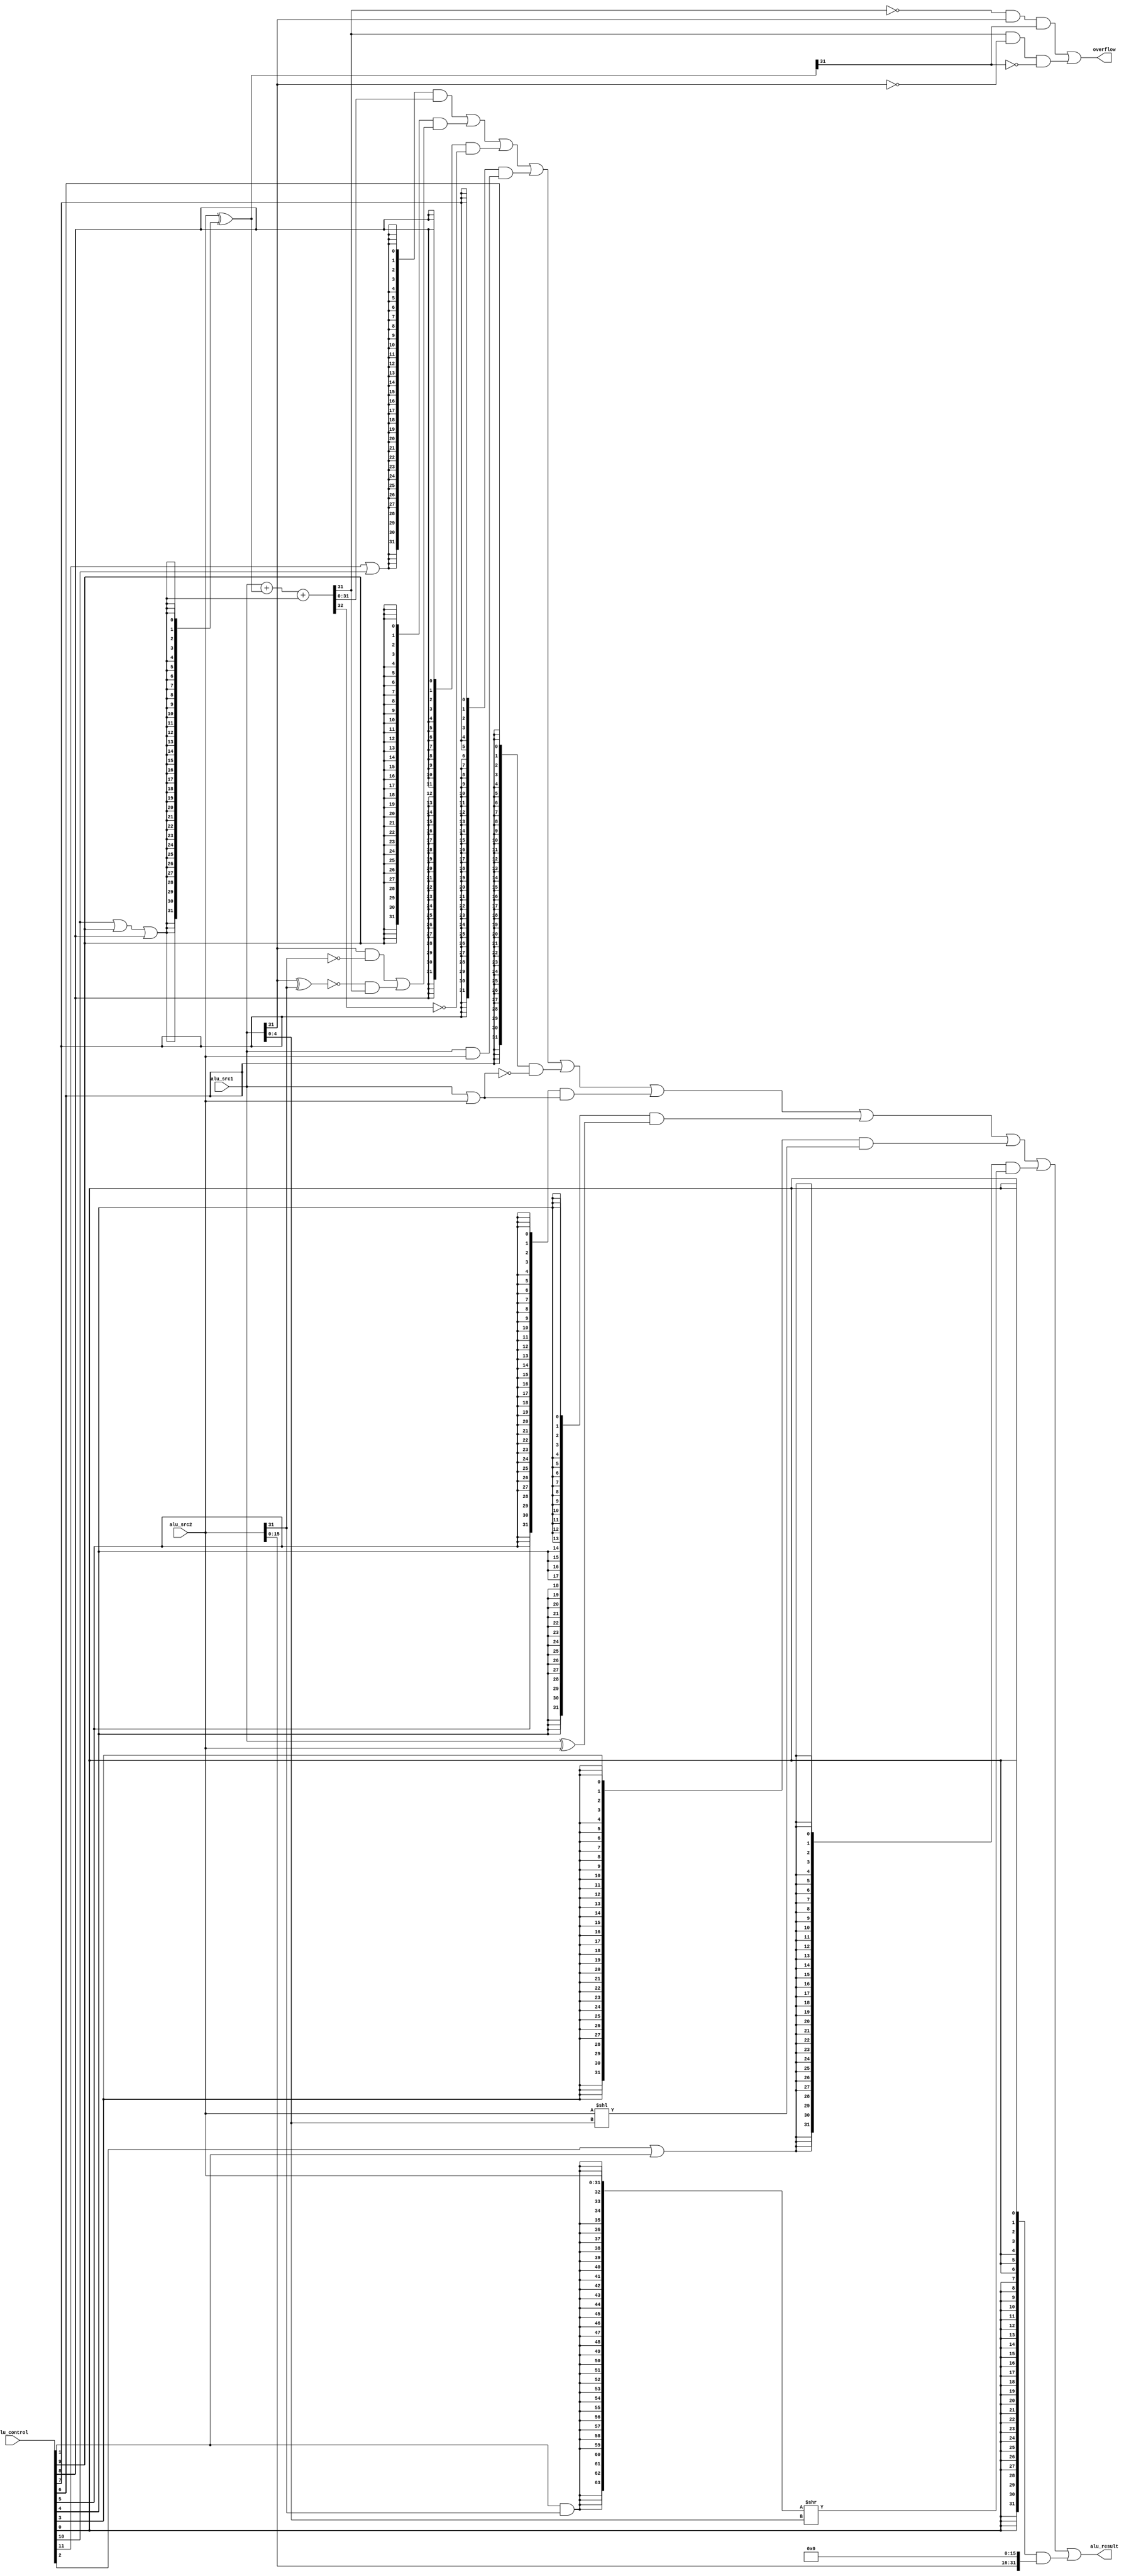
`timescale 10 ns / 1 ns

`define DATA_WIDTH 32

module simple_alu(
    
    input [11:0] alu_control,
  	input [31:0] alu_src1,
 	input [31:0] alu_src2,
 	output [31:0] alu_result,
 	output overflow
);
wire op_add; 
wire op_sub; 
wire op_slt; 
wire op_sltu;
wire op_and; 
wire op_nor; 
wire op_or; 
wire op_xor; 
wire op_sll; 
wire op_srl; 
wire op_sra; 
wire op_lui; 

assign op_add = alu_control[11];
assign op_sub = alu_control[10];
assign op_slt = alu_control[ 9];
assign op_sltu = alu_control[ 8];
assign op_and = alu_control[ 7];
assign op_nor = alu_control[ 6];
assign op_or = alu_control[ 5];
assign op_xor = alu_control[ 4];
assign op_sll = alu_control[ 3];
assign op_srl = alu_control[ 2];
assign op_sra = alu_control[ 1];
assign op_lui = alu_control[ 0];

wire [31:0] add_sub_result;
wire [31:0] slt_result;
wire [31:0] sltu_result;
wire [31:0] and_result;
wire [31:0] nor_result;
wire [31:0] or_result;
wire [31:0] xor_result;
wire [31:0] sll_result;
wire [63:0] sr64_result;
wire [31:0] sr_result;
wire [31:0] lui_result;

assign and_result = alu_src1 & alu_src2;
assign or_result = alu_src1 | alu_src2;
assign nor_result = ~or_result;
assign xor_result = alu_src1 ^ alu_src2;
assign lui_result = {alu_src2[15:0], 16'd0};

wire [31:0] adder_a;
wire [31:0] adder_b;
wire adder_cin;
wire [31:0] adder_result;
wire adder_cout;
assign adder_a = alu_src1;
assign adder_b = alu_src2 ^ {32{op_sub | op_slt | op_sltu}};
assign adder_cin = op_sub | op_slt | op_sltu;
assign {adder_cout, adder_result} = adder_a + adder_b + adder_cin;

assign add_sub_result = adder_result;
assign overflow = ((adder_result[31]==1'b0)&(adder_a[31]==1'b1)&(adder_b[31]==1'b1))
                 |((adder_result[31]==1'b1)&(adder_a[31]==1'b0)&(adder_b[31]==1'b0));

assign slt_result[31:1] = 31'd0;
assign slt_result[0] = (alu_src1[31] & ~alu_src2[31])
 | (~(alu_src1[31]^alu_src2[31]) & adder_result[31]);

assign sltu_result[31:1] = 31'd0;
assign sltu_result[0] = ~adder_cout;

assign sll_result = alu_src2 << alu_src1[4:0];

assign sr64_result = {{32{op_sra&alu_src2[31]}}, alu_src2[31:0]}>>alu_src1[4:0];
assign sr_result = sr64_result[31:0];

assign alu_result = ({32{op_add|op_sub }} & add_sub_result)
 | ({32{op_slt }} & slt_result)
 | ({32{op_sltu }} & sltu_result)
 | ({32{op_and }} & and_result)
 | ({32{op_nor }} & nor_result)
 | ({32{op_or }} & or_result)
 | ({32{op_xor }} & xor_result)
 | ({32{op_sll }} & sll_result)
 | ({32{op_srl|op_sra }} & sr_result)
 | ({32{op_lui }} & lui_result);
 

endmodule